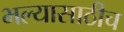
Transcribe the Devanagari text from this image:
भल्यासाठीच